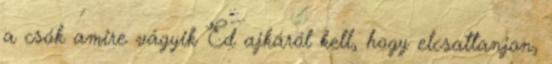
a csók amire vágyik Ed ajkáról kell, hogy elcsattanjon,